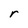
Character: r